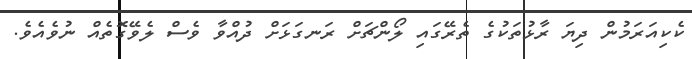
ކެކިއަރަމުން ދިޔަ ރާޅުތަކުގެ ތެރޭގައި ލޯންޗަށް ރަނގަޅަށް ދުއްވާ ވެސް ލެވޭގޮތެއް ނުވެއެވެ.